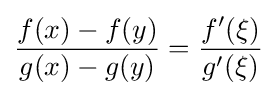
{\frac {f(x)-f(y)}{g(x)-g(y)}}={\frac {f'(\xi )}{g'(\xi )}}